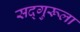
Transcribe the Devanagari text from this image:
सद्‌गुरूला